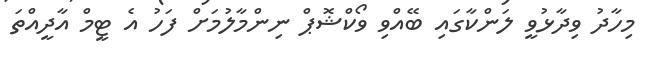
މިހާދު ވިދާޅުވީ ލަންކާގައި ބޭއްވި ވޯކްޝޮޕް ނިންމާލުމަށް ފަހު އެ ޓީމް އާދީއްތަ